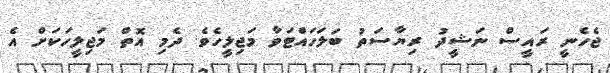
ޖެެހެނީ ރައީސް ނަޝީދު ރިޔާސަތު ބަލަހައްޓަވާ މަޖިލީހެވެ. ދެމި އޮތް މަޖިލީހަކަށް އެ